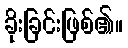
ခိုးခြင်းဖြစ်၏။